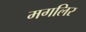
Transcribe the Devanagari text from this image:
मगलिर